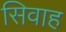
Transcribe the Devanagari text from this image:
सिवाह